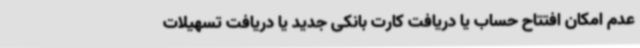
عدم امکان افتتاح حساب یا دریافت کارت بانکی جدید یا دریافت تسهیلات